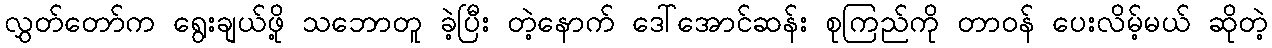
လွှတ်တော်က ရွေးချယ်ဖို့ သဘောတူ ခဲ့ပြီး တဲ့နောက် ဒေါ်အောင်ဆန်း စုကြည်ကို တာဝန် ပေးလိမ့်မယ် ဆိုတဲ့